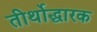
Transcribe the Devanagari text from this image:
तीर्थोद्धारक